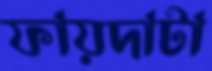
ফায়দাটা